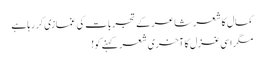
کمال کا شعر شاعر کے تجربات کی غمازی کر رہاہے
مگر اسی غزل کا آخری شعر کہنے کو!